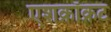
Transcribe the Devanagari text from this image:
एशक्रॉक्रट